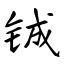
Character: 铖